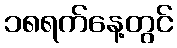
၁၈ရက်နေ့တွင်